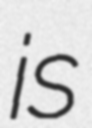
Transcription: is